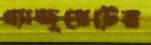
গ্র্যাজুয়েটের